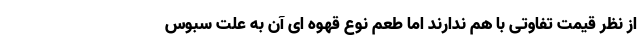
از نظر قیمت تفاوتی با هم ندارند اما طعم نوع قهوه ای آن به علت سبوس